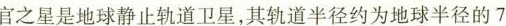
官之星是地球静止轨道卫星，其轨道半径约为地球半径的7